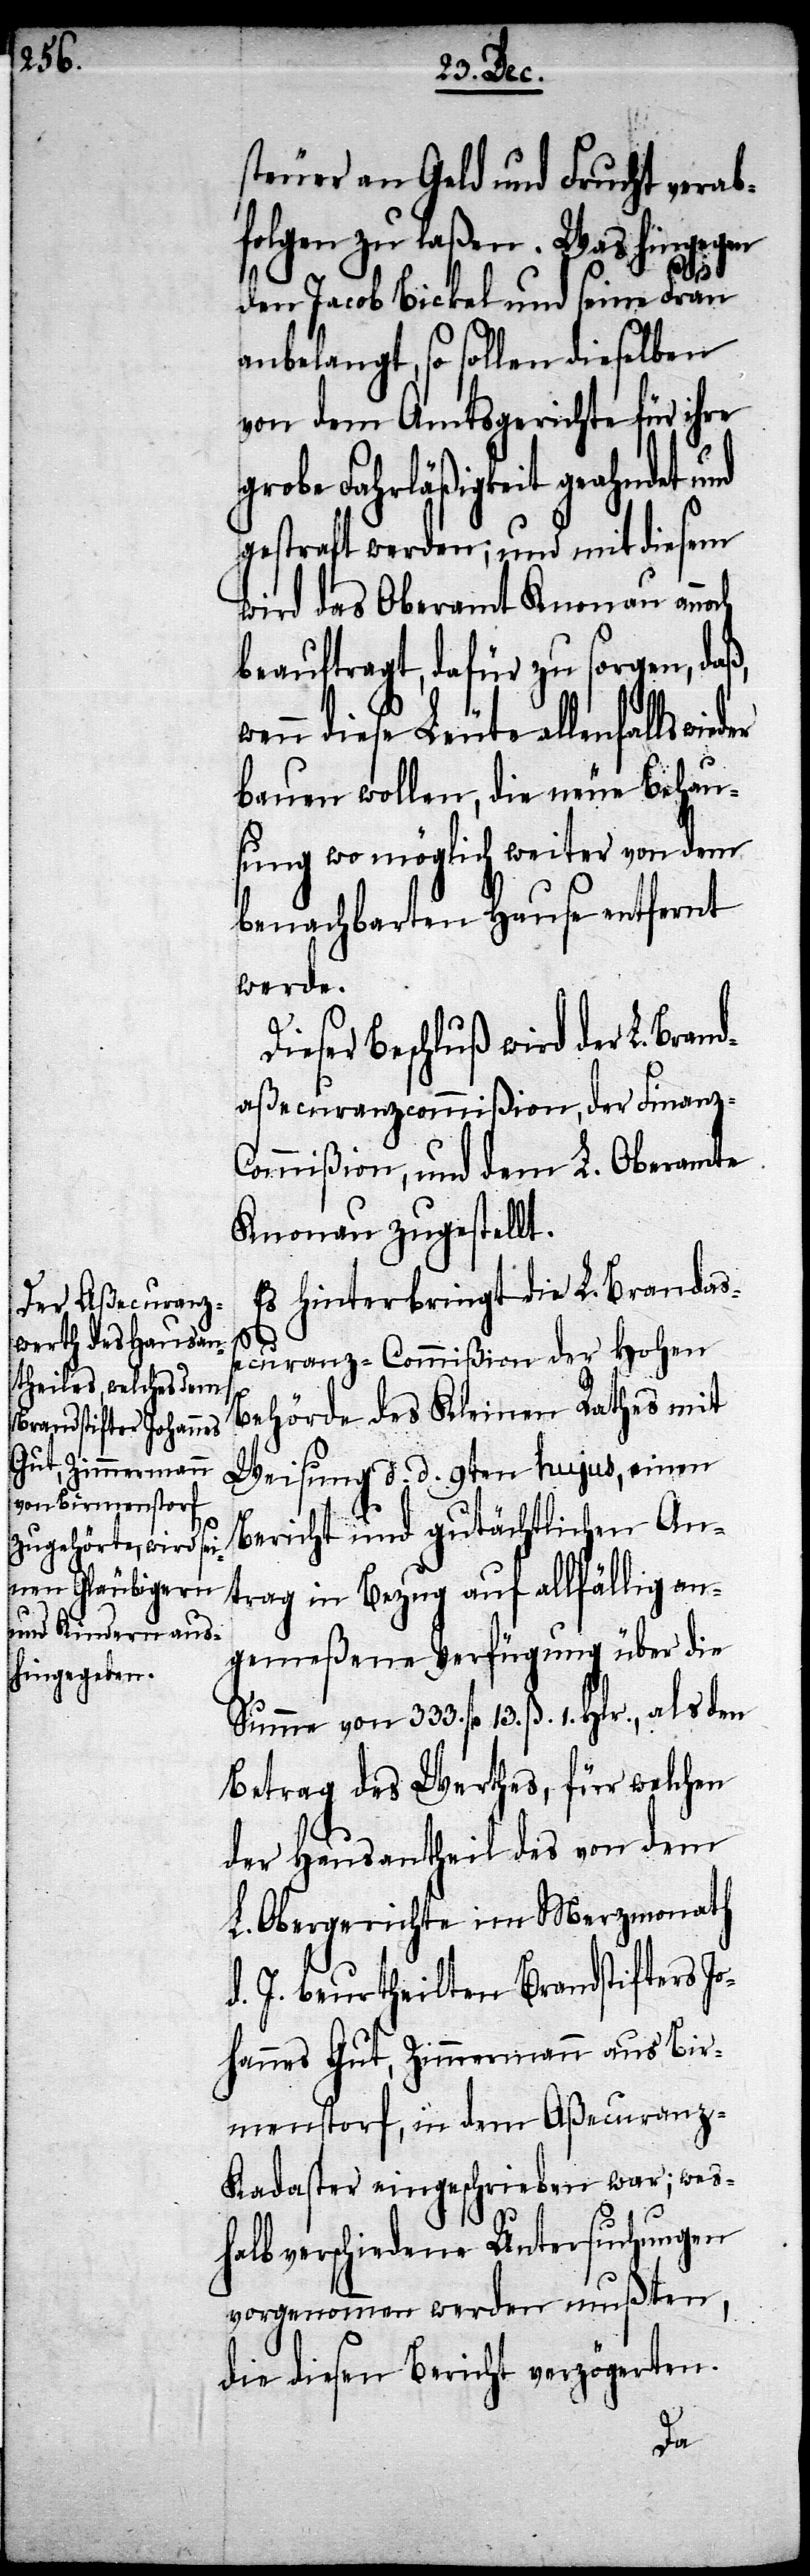
steuer an Geld und Frucht verab¬
folgen zu laßen. Was hingegen
den Jacob Bickel und seine Frau
anbelangt, so sollen dieselben
von dem Amtsgerichte für ihre
grobe Fahrläßigkeit geahndet und
gestraft werden; und mit diesem
wird das Oberamt Knonau ann¬
beauftragt, dafür zu sorgen, daß,
wenn diese Leute allenfalls wie¬
bauen wollen, die neue Behau¬
sung wo möglich weiter von dem
benachbarten Hause entfernt
werde.
eser Beschluß wird der L. Bran¬
daßecuranzcommißion, der Finanz-C¬
ommißion, und dem L. Oberamte
Knonau zugestellt.
Es hinterbringt die L. Brandaß¬
der
ecuranz-Commißion der Hohen
Behörde des Kleinen Rathes mit
Weisung d. d. 9ten hujus, einen
Bericht und gutächtlichen An¬
trag in Bezug auf allfällig an¬
gemeßene Verfügung über die
Summe von 333. fl. 13. ß. 1. Hlr., als den
Betrag des Werthes, für welchen
der Hausantheil des von dem
L. Obergerichte im Merzmonath
d. J. beurtheilten Brandstifters Jo¬
hannes Gut, Zimmermann aus Bir¬
menstorf, in dem Aßecuranz-K¬
adaster eingeschrieben war; wes¬
halb verschiedene Untersuchungen
vorgenommen werden mußten
die diesen Bericht verzögerten.
Di¬